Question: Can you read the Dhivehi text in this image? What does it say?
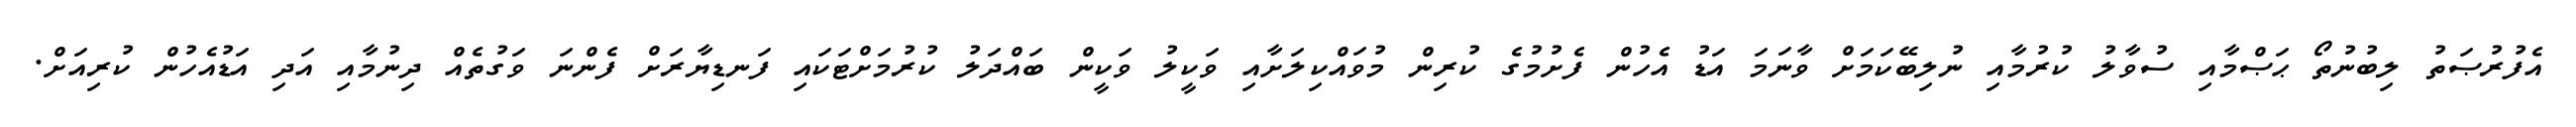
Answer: އެފުރުޞަތު ލިބުނުތޯ ޙަޞްމާއި ސުވާލު ކުރުމާއި ނުލިބޭކަމަށް ވާނަމަ އަޑު އެހުން ފެށުމުގެ ކުރިން މުވައްކިލަށާއި ވަކީލު ވަކީން ބައްދަލު ކުރުމަށްޓަކައި ފަނޑިޔާރަށް ފެންނަ ވަގުތެއް ދިނުމާއި އަދި އަޑުއެހުން ކުރިއަށް.